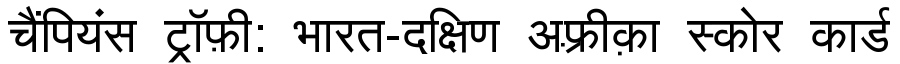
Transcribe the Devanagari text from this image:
चैंपियंस ट्रॉफ़ी: भारत-दक्षिण अफ़्रीक़ा स्कोर कार्ड